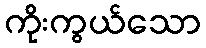
ကိုးကွယ်သော